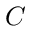
C